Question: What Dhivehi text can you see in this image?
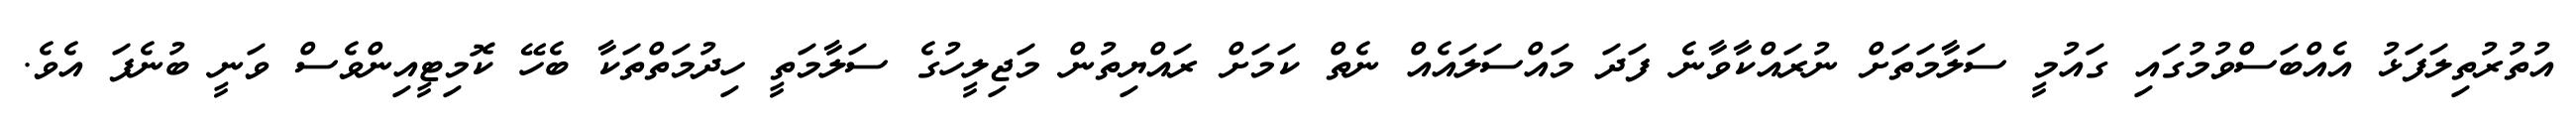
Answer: އުތުރުތިލަފަޅު އެއްބަސްވުމުގައި ގައުމީ ސަލާމަތަށް ނުރައްކާވާނެ ފަދަ މައްސަލައެއް ނެތް ކަމަށް ރައްޔިތުން މަޖިލީހުގެ ސަލާމަތީ ހިދުމަތްތަކާ ބެހޭ ކޮމިޓީއިންވެސް ވަނީ ބުނެފަ އެވެ.